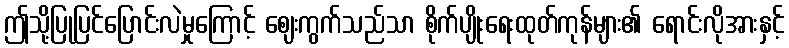
ဤသို့ပြုပြင်ပြောင်းလဲမှုကြောင့် ဈေးကွက်သည်သာ စိုက်ပျိုးရေးထုတ်ကုန်များ၏ ရောင်းလိုအားနှင့်